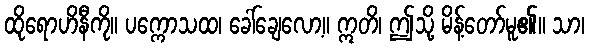
ထိုရောဟိနီကို။ ပက္ကောသထ၊ ခေါ်ချေလော့။ ဣတိ၊ ဤသို့ မိန့်တော်မူ၏။ သာ၊